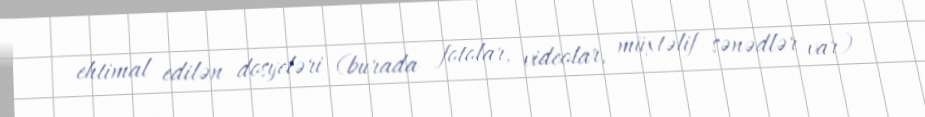
ehtimal edilən dosyeləri (burada fotolar, videolar, müxtəlif sənədlər var)